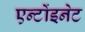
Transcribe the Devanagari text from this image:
एन्टोंइनेट